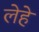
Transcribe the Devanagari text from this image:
लेहे